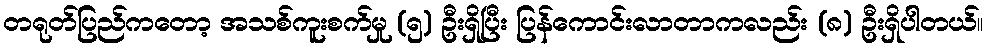
တရုတ်ပြည်ကတော့ အသစ်ကူးစက်မှု (၅) ဦးရှိပြီး ပြန်ကောင်းလာတာကလည်း (၈) ဦးရှိပါတယ်။